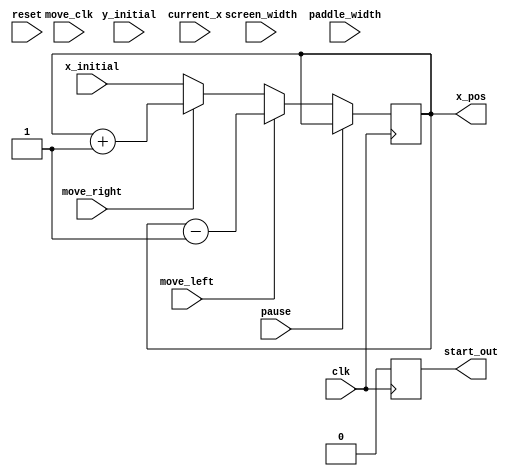
`timescale 1ns / 1ps

module board(
    input clk,             // Clock signal
    input reset,           // Reset signal
    input pause,
    
    input [9:0] x_initial, // Initial X position of the paddle
    input move_left,       // Signal to move the paddle left
    input move_right,      // Signal to move the paddle right
    input [9:0] screen_width, // Width of the screen
    input [9:0] paddle_width,  // Width of the paddle
    input [9:0] y_initial,

    input [9:0] current_x,
    input move_clk,

    output start_out,
    
    output reg [9:0] x_pos // X position of the paddle (10-bit for screen resolution)
);

reg start = 1;
reg s;

// Define the limits for paddle movement
wire [9:0] left_limit = 0;
wire [9:0] right_limit = screen_width - paddle_width;



always @(posedge clk) begin
    if (reset || start) begin
        x_pos <= x_initial;
        s <= 0;
    end
    if (s == 0) begin
        if (!pause) begin
               // Move paddle left
               if (move_left ) begin//&& current_x-1 > left_limit) begin
                   x_pos <= x_pos - 1; // Decrease x_pos to move left
               end
               // Move paddle right
               else if (move_right) begin// && current_x+1 < right_limit) begin
                   x_pos <= x_pos + 1; // Increase x_pos to move right
               end
           end else begin
               x_pos <= x_pos;
           end
    end
    else begin
        s <= 0;    // Begin game
        if (!pause) begin
           // Move paddle left
           if (move_left ) begin//&& current_x-1 > left_limit) begin
               x_pos <= x_pos - 1; // Decrease x_pos to move left
           end
           // Move paddle right
           else if (move_right) begin// && current_x+1 < right_limit) begin
               x_pos <= x_pos + 1; // Increase x_pos to move right
           end
       end else begin
           x_pos <= x_pos;
       end
    end
end

assign start_out = s;

endmodule